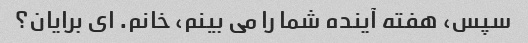
سپس، هفته آینده شما را می بینم، خانم. ای برایان؟